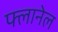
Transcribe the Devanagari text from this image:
फ्लानेल